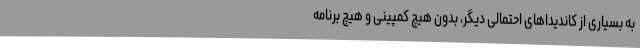
به بسیاری از کاندیداهای احتمالی دیگر، بدون هیچ کمپینی و هیچ برنامه